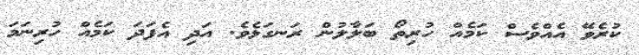
ކުރެވޭ އެއްވެސް ކަމެއް ހުރިތޯ ބަލާލުން ރަނގަޅެވެ. އަދި އެފަދަ ކަމެއް ހުރިނަމަ